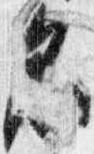
名